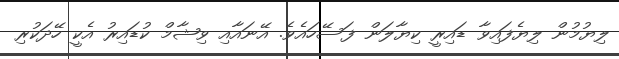
ލިޔުމުން ލިޔެފައިވާ ޑައިރީ ކިޔާލަން ފަސޭހައެވެ. އޭނައާއި ވިޝާމް ކުޑައިރު އެކީ ހޭދަކުރި